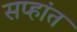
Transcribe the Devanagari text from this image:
सप्हांत